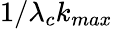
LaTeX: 1/\lambda_{c}k_{max}